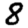
Digit: 8